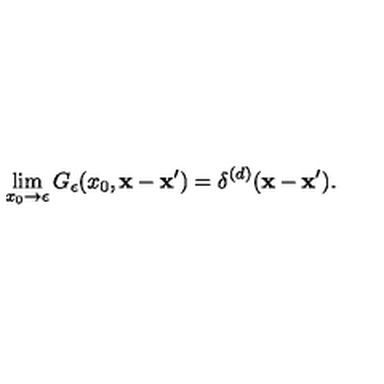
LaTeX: \lim _ { x _ { 0 } \to \epsilon } G _ { \epsilon } ( x _ { 0 } , { \bf x } - { \bf x } ^ { \prime } ) = \delta ^ { ( d ) } ( { \bf x } - { \bf x } ^ { \prime } ) .